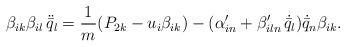
LaTeX: \begin{align*} \beta_{ik} \beta_{il} \, \ddot{\bar{q}}_l = \frac{1}{m} ( P_{2 k} - u_i \beta_{ik} ) - (\alpha'_{in} + \beta'_{iln} \, \dot{\bar{q}}_l) \dot{\bar{q}}_n \beta_{ik} .\end{align*}